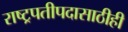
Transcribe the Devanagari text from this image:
राष्ट्रपतीपदासाठीही